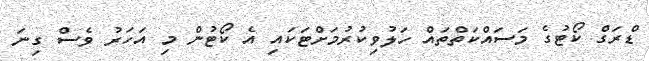
ޑްރަގް ކޯޓުގެ މަސައްކަތްތައް ހަލުވިކުރުމަށްޓަކައި އެ ކޯޓުން މި އަހަރު ވެސް ގިނަ